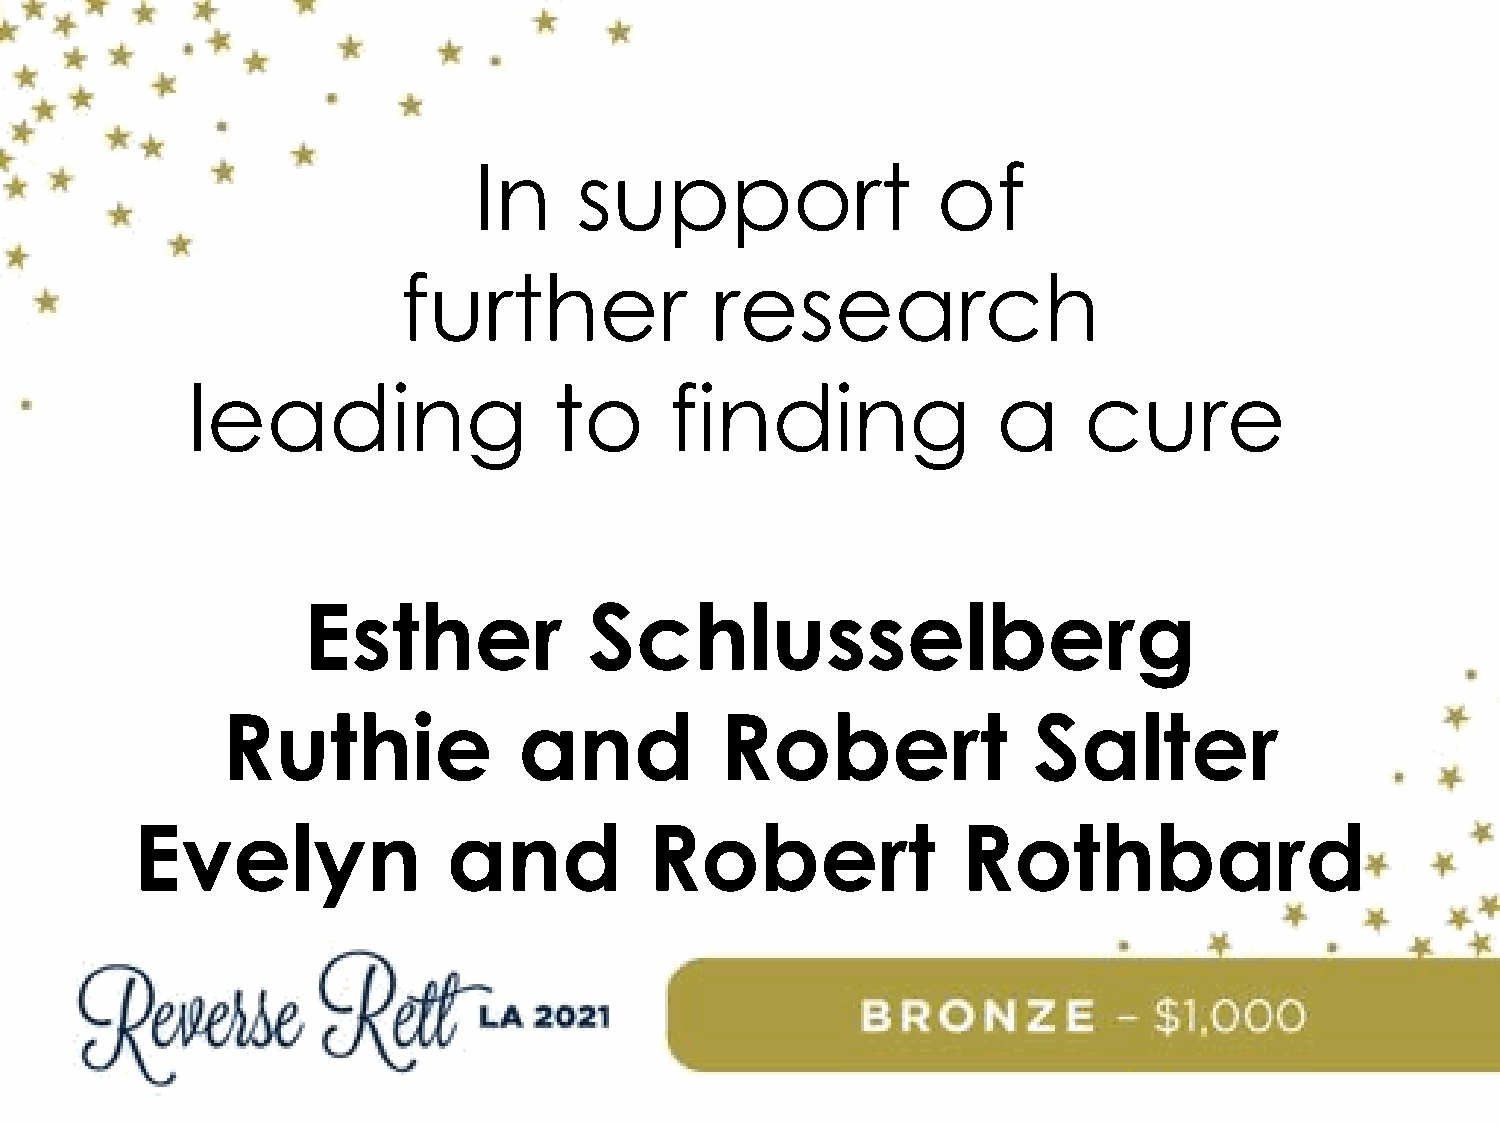
In     support                 of
 further              research
 leading                  to     finding               a     cure
 Esther             Schlusselberg
 Ruthie             and           Robert              Salter
 Evelyn               and          Robert               Rothbard